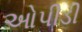
ઓપીડી